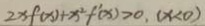
2 x f ( x ) + x ^ { 2 } f ^ { \prime } ( x ) > 0 , ( x < 0 )